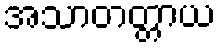
အသာတတ္တာယ